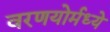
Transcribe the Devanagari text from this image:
वरणयोर्मध्ये